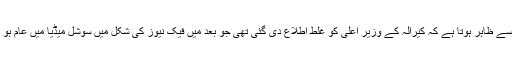
جس سے ظاہر ہوتا ہے کہ کیرالہ کے وزیر اعلی کو غلط اطلاع دی گئی تھی جو بعد میں فیک نیوز کی شکل میں سوشل میڈیا میں عام ہو گئی !